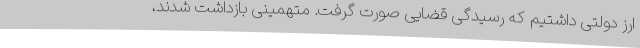
ارز دولتی داشتیم که رسیدگی قضایی صورت گرفت. متهمینی بازداشت شدند،